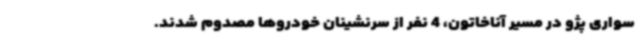
سواری پژو در مسیر آناخاتون، 4 نفر از سرنشینان خودروها مصدوم شدند.